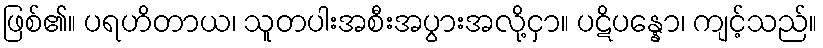
ဖြစ်၏။ ပရဟိတာယ၊ သူတပါးအစီးအပွားအလို့ငှာ။ ပဋိပန္နော၊ ကျင့်သည်။